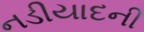
નડીયાદની